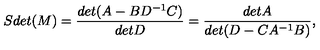
S d e t ( M ) = { \frac { d e t ( A - B D ^ { - 1 } C ) } { d e t D } } = { \frac { d e t A } { d e t ( D - C A ^ { - 1 } B ) } } ,